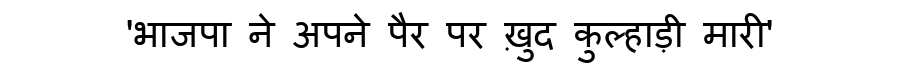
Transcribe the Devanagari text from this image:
'भाजपा ने अपने पैर पर ख़ुद कुल्हाड़ी मारी'